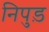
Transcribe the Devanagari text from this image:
निपुड़